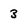
Character: 3